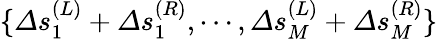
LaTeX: \{ \varDelta s_{1}^{(L)}+\varDelta s_{1}^{(R)},\cdots,\varDelta s_{M}^{(L)}+\varDelta s_{M}^{(R)}\}